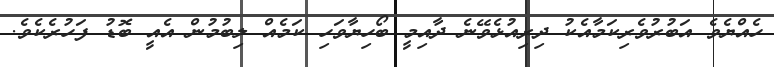
ހެއްޔެވެ އަބުރުވެރިކަމާއެކު ދިރިއުޅެވޭނެ ދާއިމީ ބޯހިޔާވަހި ކަމެއް ލިބުމުން އެއީ ބޮޑު ފަހުރެކެވެ.